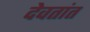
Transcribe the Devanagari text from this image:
देवतांत